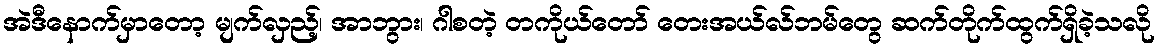
အဲဒီနောက်မှာတော့ မျက်လှည့်၊ အာဘွား၊ ဂါစတဲ့ တကိုယ်တော် တေးအယ်လ်ဘမ်တွေ ဆက်တိုက်ထွက်ရှိခဲ့သလို